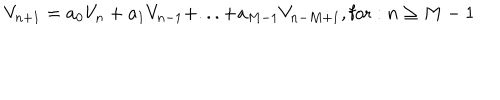
LaTeX: V _ { n + 1 } = a _ { 0 } V _ { n } + a _ { 1 } V _ { n - 1 } + . . . + a _ { M - 1 } V _ { n - M + 1 } , \mathrm { f o r } : n \geq M - 1